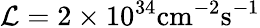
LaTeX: \mathcal{L}=2\times 10^{34}\mathrm{cm}^{-2}\mathrm{s}^{-1}